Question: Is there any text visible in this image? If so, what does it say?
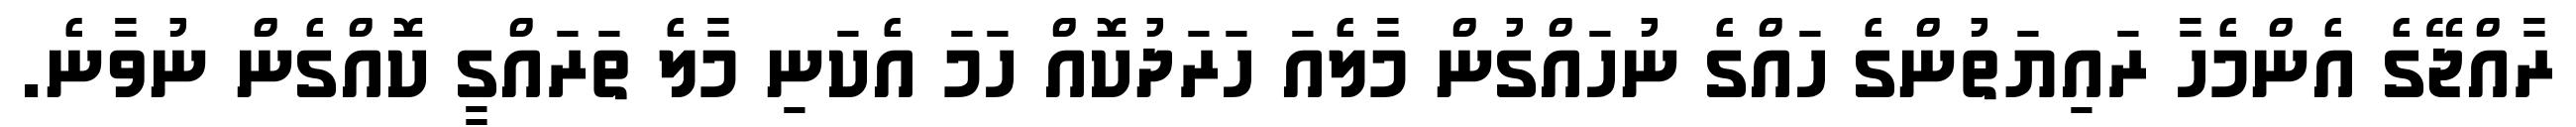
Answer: ރާއްޖޭގެ އެންމެހާ ރައިޔަތުންގެ ހައްގެ ނުހައްގުން މާލެއަ ހަރަދުކޮއް ހަމަ އެކަނި މާލެ ތަރައްގީ ކޮއްގެން ނުވާނެ.